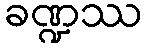
ခဏ္ဍဿ